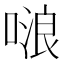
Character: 𠺘